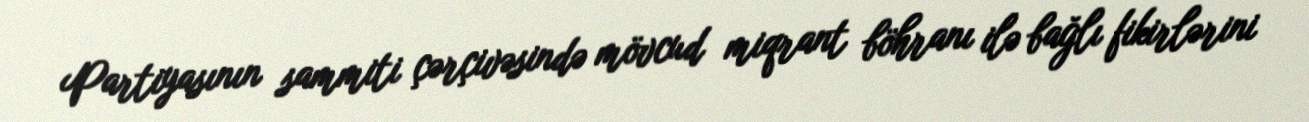
Partiyasının sammiti çərçivəsində mövcud miqrant böhranı ilə bağlı fikirlərini